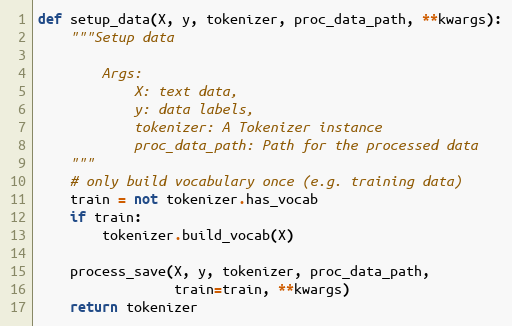
Language: Python
def setup_data(X, y, tokenizer, proc_data_path, **kwargs):
    """Setup data

        Args:
            X: text data,
            y: data labels,
            tokenizer: A Tokenizer instance
            proc_data_path: Path for the processed data
    """
    # only build vocabulary once (e.g. training data)
    train = not tokenizer.has_vocab
    if train:
        tokenizer.build_vocab(X)

    process_save(X, y, tokenizer, proc_data_path,
                 train=train, **kwargs)
    return tokenizer